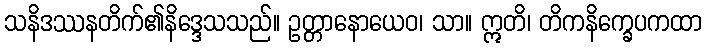
သနိဒဿနတိက်၏နိဒ္ဒေသသည်။ ဥတ္တာနောယေဝ၊ သာ။ ဣတိ၊ တိကနိက္ခေပကထာ